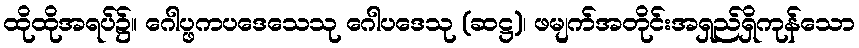
ထိုထိုအရပ်၌။ ဂေါပ္ဖကပဒေသေသု ဂေါပဒေသု (ဆဋ္ဌ)၊ ဖမျက်အတိုင်းအရှည်ရှိကုန်သော